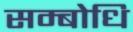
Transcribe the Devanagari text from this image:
सम्‍बोधि